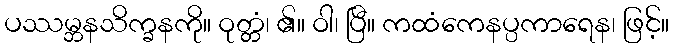
ပဿမ္ဘနသိက္ခနကို။ ဝုတ္တံ၊ ၏။ ဝါ၊ ပြီ။ ကထံကေနပ္ပကာရေန၊ ဖြင့်။